Report of the Indian Hemp Drugs Commission, 1894-1895 - Volume VII
Year: 1894
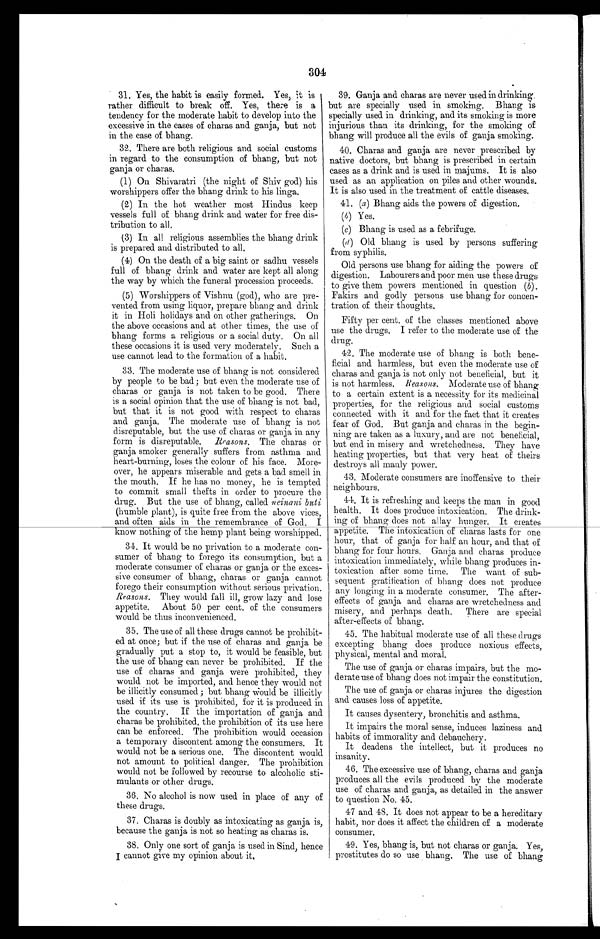
304
31. Yes, the habit is easily formed. Yes ; it is
rather difficult to break off. Yes, there is a
tendency for the moderate habit to develop into the
excessive in the cases of charas and ganja, but not
in the case of bhang.
32. There are both religious and social customs
in regard to the consumption of bhang, but not
ganja or charas.
(1) On Shivaratri (the night of Shiv god) his
worshippers offer the bhang drink to his linga.
(2) In the hot weather most Hindus keep
vessels full of bhang drink and water for free dis-
tribution to all.
(3) In all religious assemblies the bhang drink
is prepared and distributed to all
.
(4) On the death of a big saint or sadhu vessels
full of bhang drink and water are kept all along
the way by which the funeral procession proceeds.
(5) Worshippers of Vishnu (god), who are pre-
vented from using liquor, prepare bhang and drink
it in Holi holidays and on other gatherings. On
the above occasions and at other times, the use of
bhang forms a religious or a social duty. On all
these occasions it is used very moderately. Such a
use cannot lead to the formation of a habit.
33. The moderate use of bhang is not considered
by people to be bad; but even the moderate use of
charas or ganja is not taken to be good. There
is a social opinion that the use of bhang is not bad,
but that it is not good with respect to charas
and ganja. The moderate use of bhang, is not
disreputable, but the use of charas or ganja in any
form is disreputable. Reasons. The charas or
ganja smoker generally suffers from asthma and
heart-burning, loses the colour of his face. More-
over, he appears miserable and gets a bad smell in
the mouth. If he has no money, he is tempted
to commit small thefts in order to procure the
drug. But the use of bhang, called neinani buti
(humble plant), is quite free from the above vices,
and often aids in the remembrance of God. I
know nothing of the hemp plant being worshipped.
34. It would be no privation to a moderate con-
sumer of bhang to forego its consumption, but a
moderate consumer of charas or ganja or the exces-
sive consumer of bhang, charas or ganja cannot
forego their consumption without serious privation.
Reasons.T h e y w o u l d f a l l i l l , g r o w l a z y a n d l o s e
appetite. About 50 per cent. of the consumers
would be thus inconvenienced.
35. The use of all these drugs cannot be prohibit-
ed at once; but if the use of charas and ganja be
gradually put a stop to, it would be feasible, but
the use of bhang can never be prohibited. If the
use of charas and ganja were prohibited, they
would not be imported, and hence they would not
be illicitly consumed ; but bhang would be illicitly
used if its use is prohibited, for it is produced in
the country. If the importation of ganja and
charas be prohibited, the prohibition of its use here
can be enforced. The prohibition would occasion
a temporary discontent among the consumers. It
would not be a serious one. The discontent would
not amount to political danger. The prohibition
would not be followed by recourse to alcoholic sti-
mulants or other drugs.
36. No alcohol is now used in place of any of
these drugs.
37. Charas is doubly as intoxicating as ganja is,
because the ganja is not so heating as charas is.
38. Only one sort of ganja is used in Sind, hence
I cannot give my opinion about it.
39. Ganja and charas are never used in drinking.
but are specially used in smoking. Bhang is
specially used in drinking, and its smoking is more
injurious than its drinking, for the smoking of
bhang will produce all the evils of ganja smoking.
40. Charas and ganja are never prescribed by
native doctors, but bhang is prescribed in certain
cases as a drink and is used in majums. It is also
used as an application on piles and other wounds.
It is also used in the treatment of cattle diseases.
41. (a) Bhang aids the powers of digestion.
( b ) Yes.
(c) Bhang is used. as a febrifuge.
(d) Old bhang is used by persons suffering
from syphilis.
Old persons use bhang for aiding the powers of
digestion. Labourers and poor men use these drugs
to give them powers mentioned in question (b).
Fakirs and godly persons use bhang for concen-
tration of their thoughts.
Fi ft y per cent . of t he cl asses ment i oned above
use the drugs. I refer to the moderate use of the
drug.
42. The moderate use of bhang is both bene-
ficial and harmless, but even the moderate use of
charas and ganja is not only not beneficial, but it
is not harmless.R e a s o n s .
M o d e r a t e u s e o f b h a n g
to a certain extent is a necessity for its medicinal
properties, for the religious and social customs
connected with it and for the fact that it creates
fear of God. But ganja and charas in the begin-
ning are taken as a luxury, and are not beneficial,
but end in misery and wretchedness. They have
heating properties, but that very heat of theirs
destroys all manly power.
43. Moderate consumers are inoffensive to their
neighbours.
44. It is refreshing and keeps the man in good
health. It does produce intoxication. The drink-
ing of bhang does not allay hunger. It creates
appetite. The intoxication of charas lasts for one
hour, that of ganja for half an hour, and that of
bhang for four hours. Ganja and charas produce
intoxication immediately, while bhang produces in-
toxication after some time. The want of sub-
sequent gratification of bhang does not produce
any longing in a moderate consumer. The after-
effects of ganja and charas are wretchedness and
misery, and perhaps death. There are special
after-effects of bhang.
45. The habitual moderate use of all these drugs
excepting bhang does produce noxious effects,
physical, mental and moral.
The use of ganja or charas impairs, but the mo-
derate use of bhang does not impair the constitution.
The use of ganja or charas injures the digestion
and causes loss of appetite.
It causes dysentery, bronchitis and asthma.
It impairs the moral sense, induces laziness and
habits of immorality and debauchery.
It deadens the intellect, but it produces no
insanity.
46. The excessive use of bhang, charas and ganja
produces all the evils produced by the moderate
use of charas and ganja, as detailed in the answer
to question No. 45.
47 and 48. It does not appear to be a hereditary
habit, nor does it affect the children of a moderate
consumer.
49. Yes, bhang is, but not charas or ganja. Yes,
prostitutes do so use bhang. The use of bhang